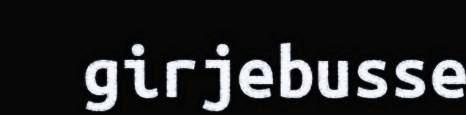
girjebusse